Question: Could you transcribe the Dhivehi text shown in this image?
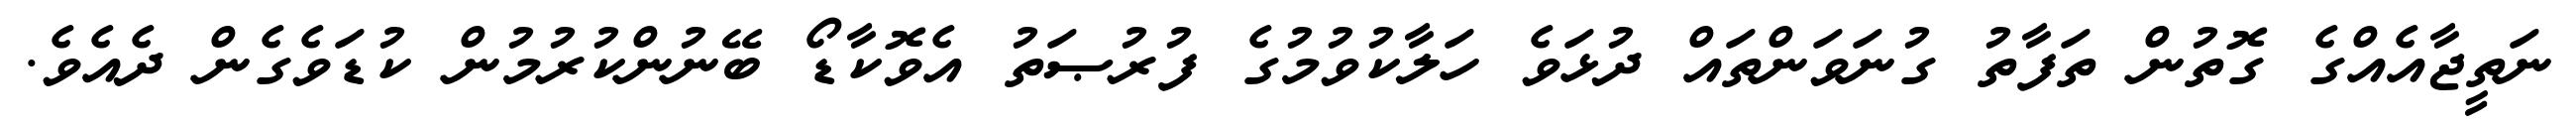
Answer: ނަތީޖާއެއްގެ ގޮތުން ތަފާތު ގުނަވަންތައް ދުޅަވެ ހަލާކުވުމުގެ ފުރުޞަތު އެވޮކާޑޯ ބޭނުންކުރުމުން ކުޑަވެގެން ދެއެވެ.